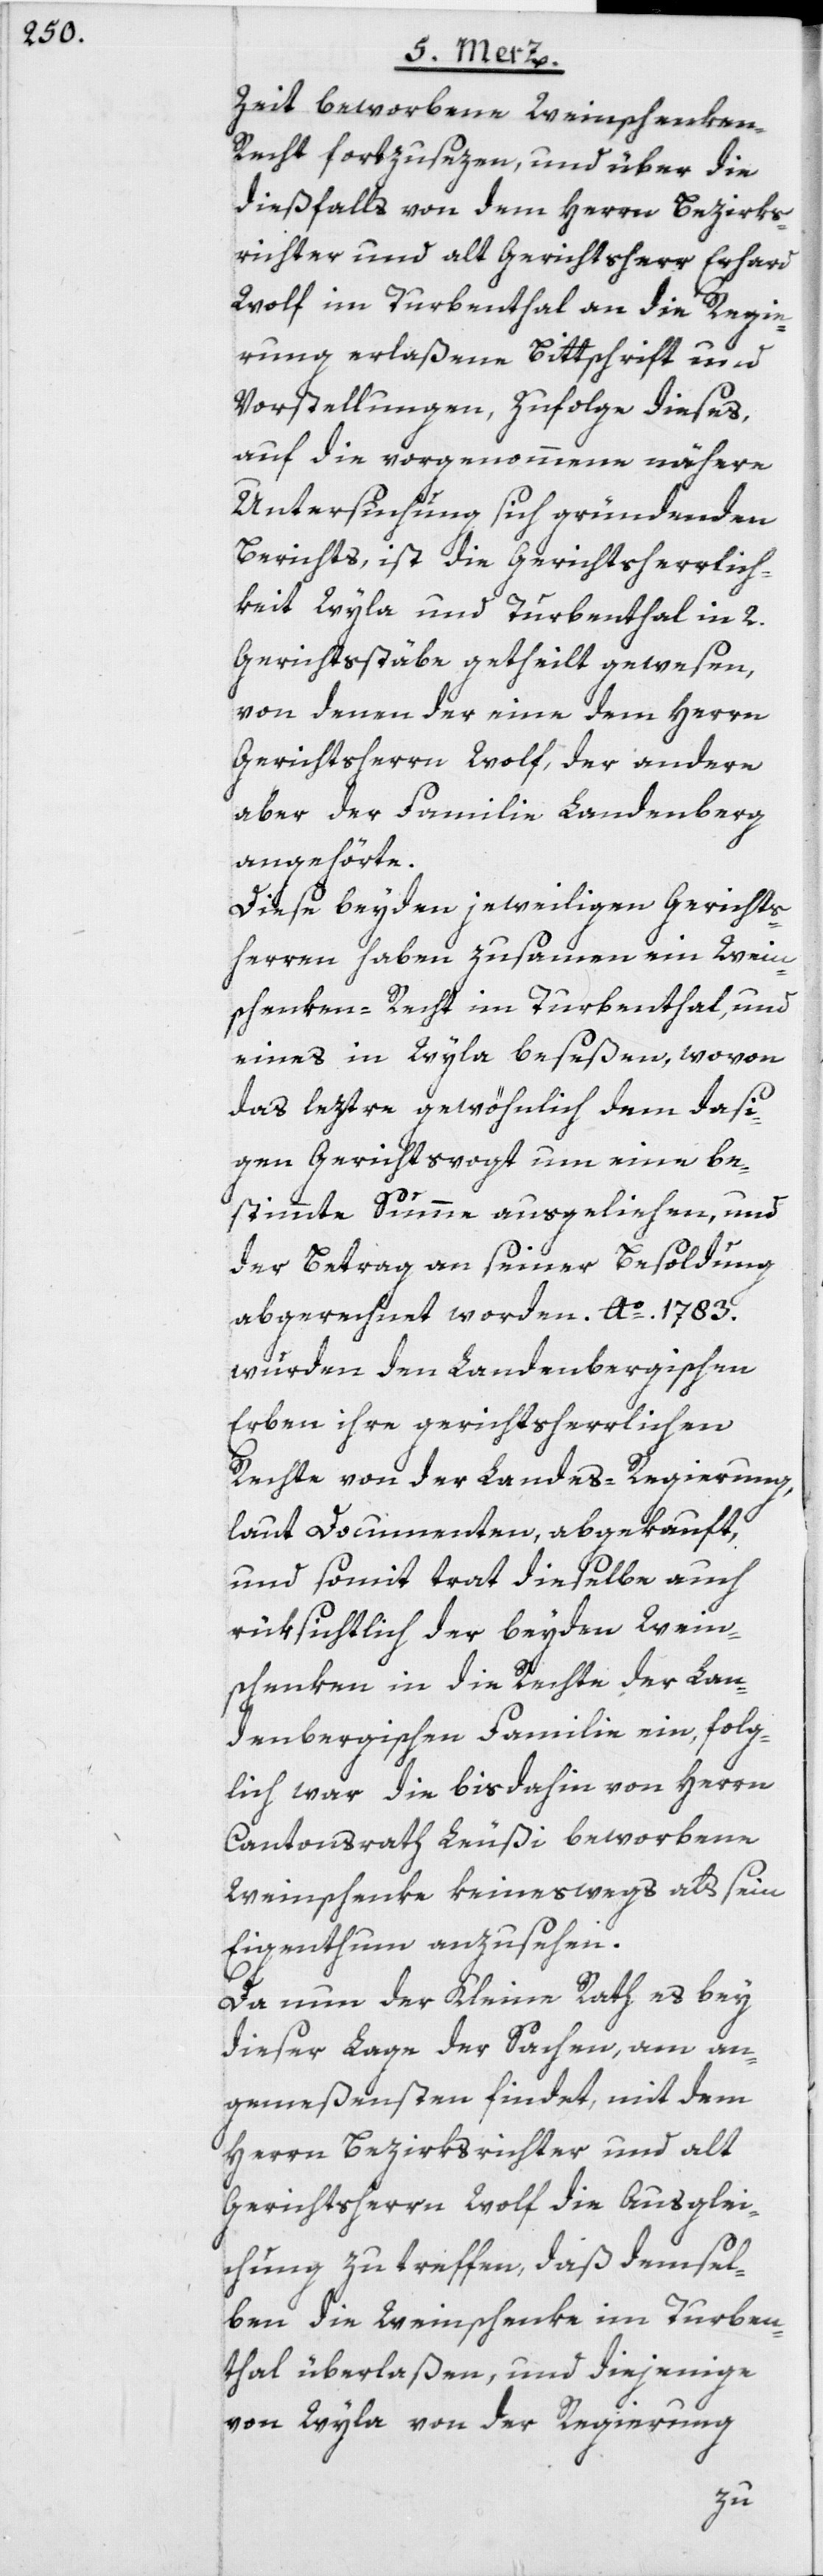
Zeit beworbene Weinschenke¬
n-Recht fortzusezen, und über die
dießfalls von dem Herrn Bezirks¬
richter und alt Gerichtsherr Erhard
Wolf im Turbenthal an die Regie¬
rung erlaßene Bittschrift und
Vorstellungen, zufolge dieses,
auf die vorgenommene nähere
Untersuchung sich gründenden
Berichts, ist die Gerichtsherrlich¬
keit Wyla und Turbenthal in 2.
Gerichtsstäbe getheilt gewesen,
von denen der eine dem Herrn
Gerichtsherrn Wolf, der andere
aber der Familie Landenberg
angehörte.
Diese beyden jeweiligen Gerichts¬
herren haben zusamen ein Wein¬
schenken-Recht im Turbenthal, und
eines in Wyla beseßen, wovon
das leztre gewöhnlich dem dasi¬
gen Gerichtsvogt um eine be¬
stimmte Summe ausgeliehen, und
der Betrag an seiner Besoldung
abgerechnet worden. Ao. 1783.
wurden den Landenbergischen
Erben ihre gerichtsherrlichen
Rechte von der Landes-Regierung,
laut Documenten, abgekauft,
und somit trat dieselbe auch
rüksichtlich der beyden Wein¬
schenken in die Rechte der Lan¬
denbergischen Familie ein, folg¬
lich war die bisdahin von Herrn
Cantonsrath Leußi beworbene
Weinschenke keineswegs als sein
Eigenthum anzusehen.
Da nun der Kleine Rath es bey
dieser Lage der Sachen, am an¬
gemeßensten findet, mit dem
Herrn Bezirksrichter und alt
Gerichtsherrn Wolf die Ausglei¬
chung zu treffen, daß demsel¬
ben die Weinschenke im Turben¬
thal überlaßen, und diejenige
von Wyla von der Regierung